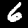
Label: 6